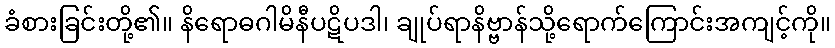
ခံစားခြင်းတို့၏။ နိရောဓဂါမိနီပဋိပဒါ၊ ချုပ်ရာနိဗ္ဗာန်သို့ရောက်ကြောင်းအကျင့်ကို။